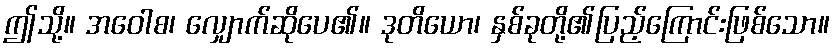
ဤသို့။ အဝေါစ၊ လျှောက်ဆိုပေ၏။ ဒုတိယော၊ နှစ်ခုတို့၏ပြည့်ကြောင်းဖြစ်သော။